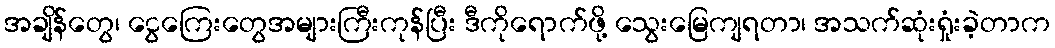
အချိန်တွေ၊ ငွေကြေးတွေအများကြီးကုန်ပြီး ဒီကိုရောက်ဖို့ သွေးမြေကျရတာ၊ အသက်ဆုံးရှုံးခဲ့တာက